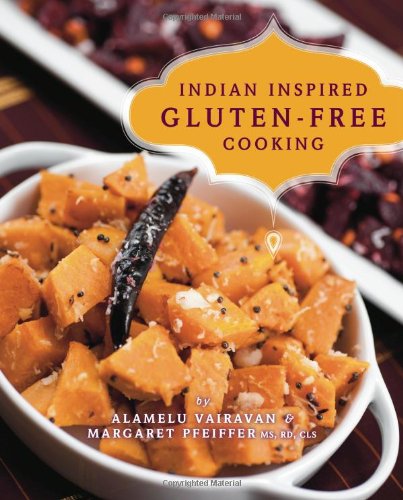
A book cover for Indian Inspired Gluten-Free Cooking; Alamelu Vairavan; Cookbooks, Food & Wine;